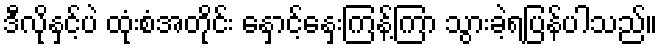
ဒီလိုနှင့်ပဲ ထုံးစံအတိုင်း နှောင့်နှေးကြန့်ကြာ သွားခဲ့ရပြန်ပါသည်။